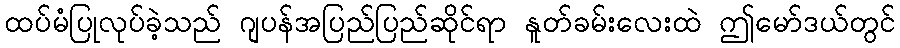
ထပ်မံပြုလုပ်ခဲ့သည် ဂျပန်အပြည်ပြည်ဆိုင်ရာ နူတ်ခမ်းလေးထဲ ဤမော်ဒယ်တွင်